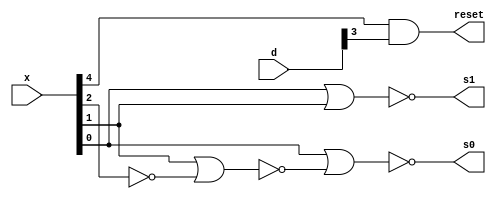
module control_signal_oms(x,d,s0,s1,reset);
 input [4:0] x;
 input [3:0] d;
 output s0,s1,reset;
 wire t0;
 not(x2_bar,x[2]);
 nor n1 (t0,x[1],x2_bar);
 nor n2 (s1,x[0],x[1]);
 nor n3 (s0,x[0],t0);
 and a5 (reset,x[4],d[3]);
endmodule